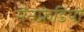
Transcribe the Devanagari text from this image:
मैनफ्रेडियो